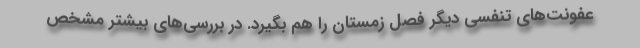
عفونت‌های تنفسی دیگر فصل زمستان را هم بگیرد. در بررسی‌های بیشتر مشخص